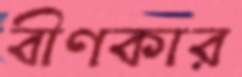
বীণকার